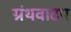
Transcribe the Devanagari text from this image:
ग्रंथवाटप